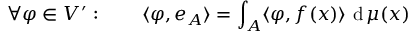
\forall \varphi \in V ^ { \prime } : \qquad \langle \varphi , e _ { A } \rangle = \int _ { A } \langle \varphi , f ( x ) \rangle \, \operatorname { d } \mu ( x )